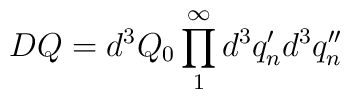
DQ = d^3 Q_0 \prod_{1}^{\infty} d^3 q'_n d^3 q''_n